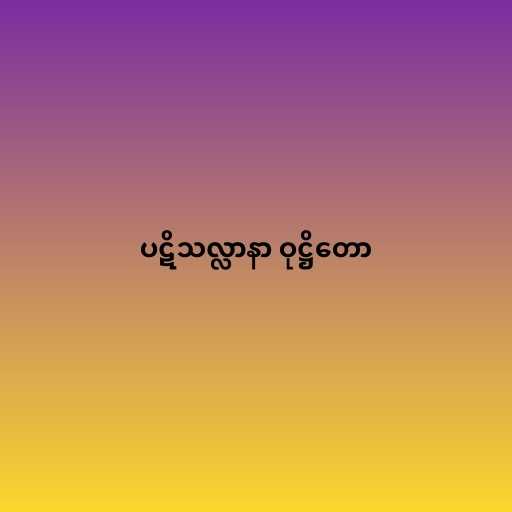
ပဋိသလ္လာနာ ဝုဋ္ဌိတော